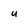
Character: U